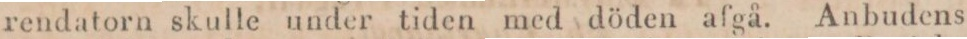
rendatorn skulle under tiden med döden afgå. Anbudens